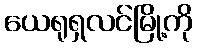
ယေရုရှလင်မြို့ကို